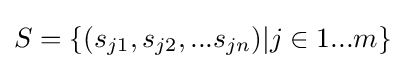
S=\{(s_{j1},s_{j2},...s_{jn})|j\in 1...m\}